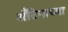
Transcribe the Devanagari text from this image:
अँटिगाच्या